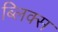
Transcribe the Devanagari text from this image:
ब्लिक्स